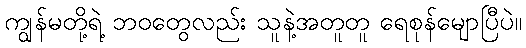
ကျွန်မတို့ရဲ့ ဘဝတွေလည်း သူနဲ့အတူတူ ရေစုန်မျောပြီပဲ။